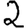
Digit: 2